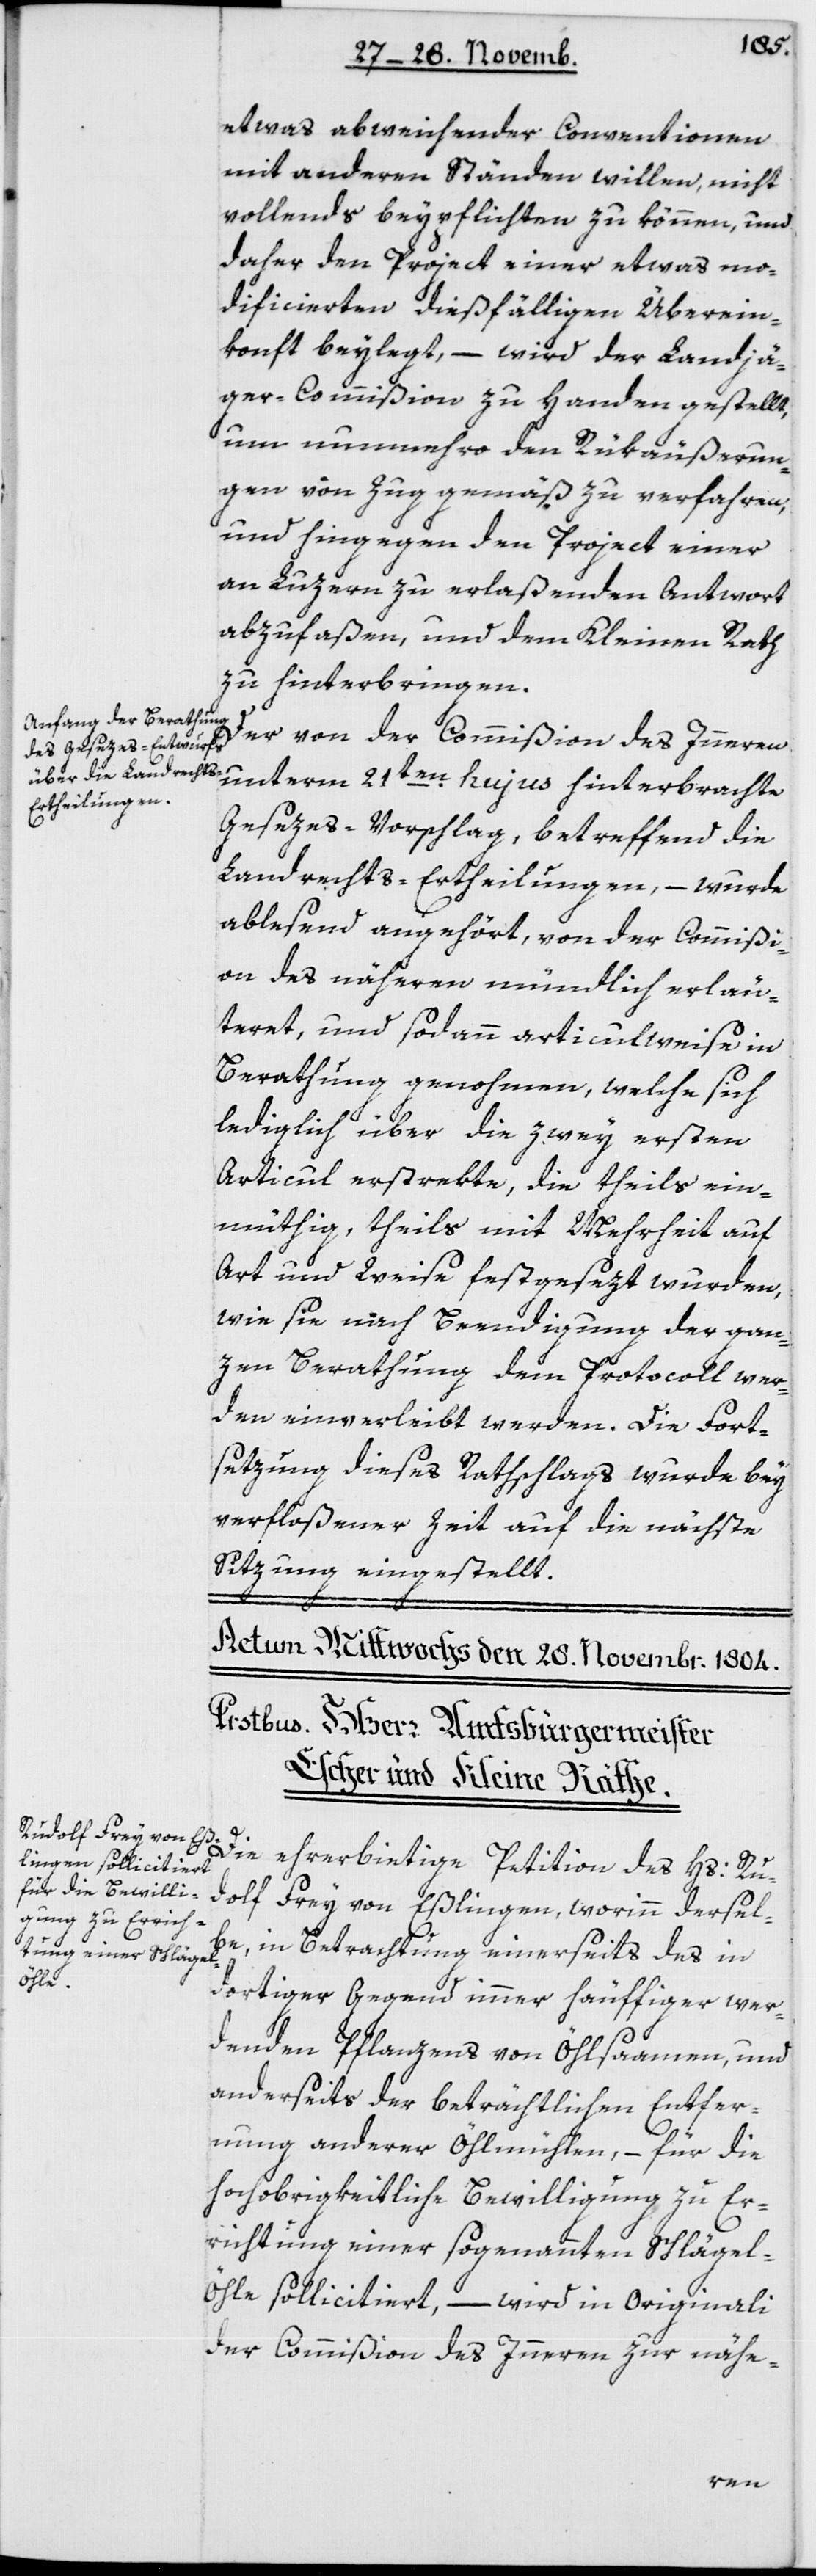
etwas abweichender Conventionen
mit anderen Ständen willen, nicht
vollends beypflichten zu können, und
daher den Project einer etwas mo¬
dificierten dießfälligen Überein¬
konft beylegt, – wird der Landjä¬
ger-Commißion zu Handen gestellt,
um nunmehro den Rükäußerun¬
gen von Zug gemäß zu verfahren,
und hingegen den Project einer
an Luzern zu erlaßenden Antwort
abzufaßen und dem Kleinen Rath
zu hinterbringen.
Der von der Commißion des Innern
unterm 21ten hujus hinterbrachte
Gesezes-Vorschlag, betreffend die
Landrechts-Ertheilungen, – wurde
ablesend angehört, von der Commißi¬
on des Näheren mündlich erläu¬
teret und sodann articulweise in
Berathung genohmen, welche sich
lediglich über die zwey ersten
Articul erstrekte, die theils ein¬
müthig, theils mit Mehrheit auf
Art und Weise festgesezt wurden,
wie sie nach Beendigung der gan¬
zen Berathung dem Protocoll wer¬
den einverleibt werden. Die Fort¬
setzung dieses Rathschlags wurde bey
verfloßener Zeit auf die nächste
Sitzung eingestellt.
Die ehrerbietige Petition des Hs. Ru¬
dolf Frey von Eßlingen, worinn dersel¬
be, in Betrachtung einerseits des in
dortiger Gegend immer häufiger wer¬
denden Pflanzens von Öhlsaamen, und
anderseits der beträchtlichen Entfer¬
nung anderer Öhlmühlen, – für die
hochobrigkeitliche Bewilligung zu Er¬
richtung einer sogenannten Schlägel-Ö¬
hle sollicitiert, – wird in Originali
der Commißion des Innern zur nähe-